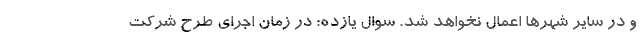
و در سایر شهرها اعمال نخواهد شد. سوال یازده: در زمان اجرای طرح شرکت